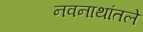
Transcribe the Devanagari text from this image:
नवनाथांतले